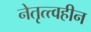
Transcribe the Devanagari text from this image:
नेतृत्त्वहीन